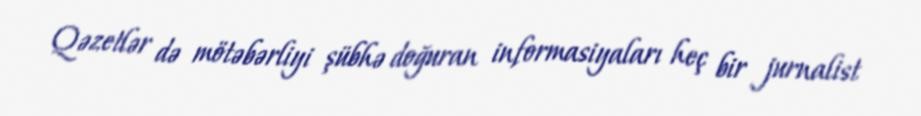
Qəzetlər də mötəbərliyi şübhə doğuran informasiyaları heç bir jurnalist